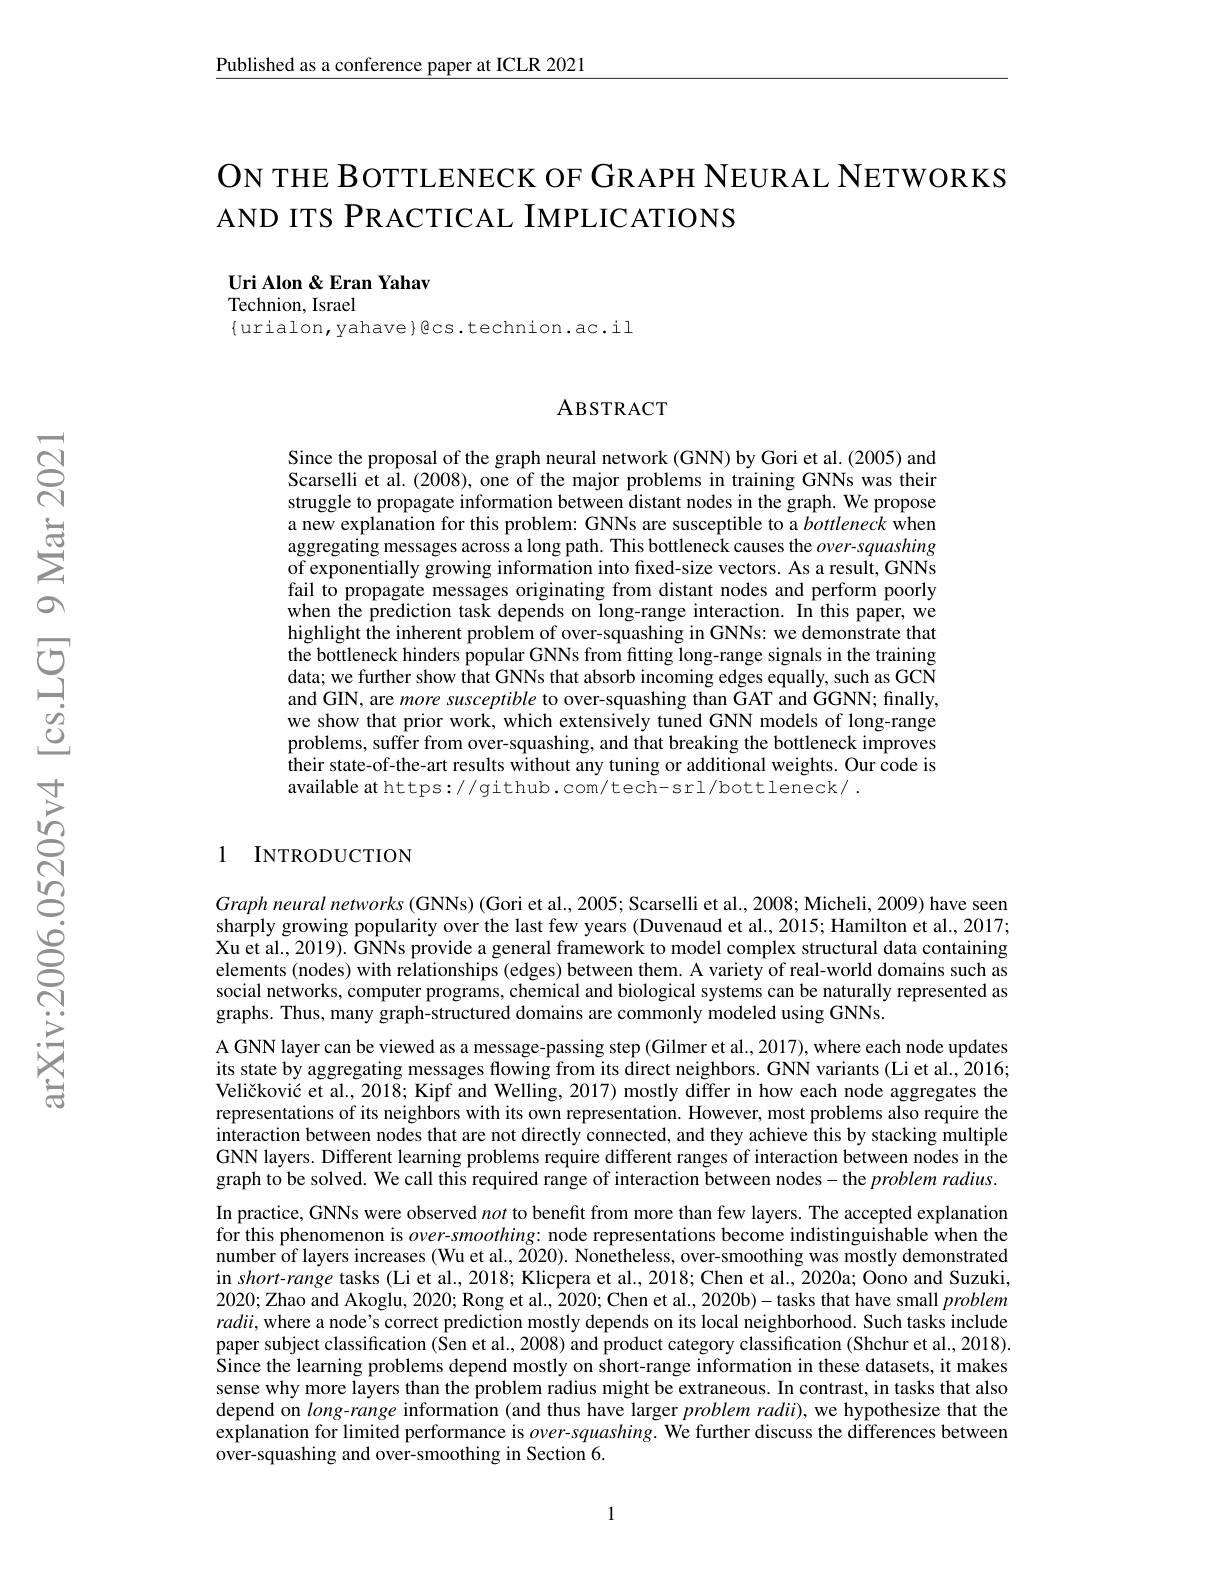
Published as a conference paper at ICLR 2021

# ON THE BOTTLENECK OF GRAPH NEURAL NETWORKS AND ITS PRACTICAL IMPLICATIONS

Uri Alon &Eran Yahav
Technion, Israel

$\{$urialon, yahave}gcs.technion.ac.il

### ABSTRACT

Since the proposal of the graph neural network (GNN) by Gori et al. (2005) and Scarselli et al. (2008), one of the major problems in training GNNs was their struggle to propagate information between distant nodes in the graph. We propose a new explanation for this problem: GNNs are susceptible to a bottleneck when aggregating messages across a long path. This bottleneck causes the $over-squashing$ of exponentially growing information into fixed-size vectors. As a result, GNNs fail to propagate messages originating from distant nodes and perform poorly when the prediction task depends on long-range interaction. In this paper, we highlight the inherent problem of over-squashing in GNNs: we demonstrate that the bottleneck hinders popular GNNs from fitting long-range signals in the training data; we further show that GNNs that absorb incoming edges equally, such as GCN and GIN, are more susceptible to over-squashing than GAT and GGNN; finally, we show that prior work, which extensively tuned GNN models of long-range problems, suffer from over-squashing, and that breaking the bottleneck improves their state-of-the-art results without any tuning or additional weights. Our code is available at https://github.com/tech-srl/bottleneck/.

### 1 INTRODUCTION

Graph neural networks (GNNs) (Gori et al., 2005; Scarselli et al., 2008; Micheli, 2009) have seen sharply growing popularity over the last few years (Duvenaud et al., 2015; Hamilton et al., 2017; Xu et al., 2019). GNNs provide a general framework to model complex structural data containing elements (nodes) with relationships (edges) between them. A variety of real-world domains such as social networks, computer programs, chemical and biological systems can be naturally represented as graphs. Thus, many graph-structured domains are commonly modeled using GNNs.
A GNN layer can be viewed as a message-passing step (Gilmer et al., 2017), where each node updates its state by aggregating messages flowing from its direct neighbors. GNN variants (Li et al., 2016; Veličković et al., 2018; Kipf and Welling, 2017) mostly differ in how each node aggregates the representations of its neighbors with its own representation. However, most problems also require the $\hat{\text{interaction between nodes that are not directly connected, and they achieve this by stacking multiple}}$ GNN layers. Different learning problems require different ranges of interaction between nodes in the graph to be solved. We call this required range of interaction between nodes-the problem radius. In practice, GNNs were observed not to benefit from more than few layers. The accepted explanation for this phenomenon is $over-smoothing:$ node representations become indistinguishable when the number of layers increases (Wu et al., 2020). Nonetheless, over-smoothing was mostly demonstrated in short-range tasks (Li et al., 2018; Klicpera et al., 2018; Chen et al., 2020a; Oono and Suzuki, $2020;\bar{\text{Zhao and Akoglu, 2020; Rong et al., 2020; Chen et al., 2020b)- }}$tasks that have small problem $radii$, where a node's correct prediction mostly depends on its local neighborhood. Such tasks include paper subject classification (Sen et al., 2008) and product category classification (Shchur et al., 2018). Since the learning problems depend mostly on short-range information in these datasets, it makes sense why more layers than the problem radius might be extraneous. In contrast, in tasks that also depend on $long-range$ information (and thus have larger $problem\textit{radi}) $,we hypothesize that the explanation for limited performance is $over-squashing.$ We further discuss the differences between over-squashing and over-smoothing in Section 6.

1